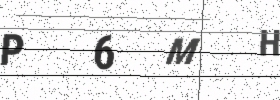
Text: P6MH